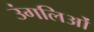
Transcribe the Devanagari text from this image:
उंगलिओं